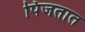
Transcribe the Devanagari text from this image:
पिंजतात